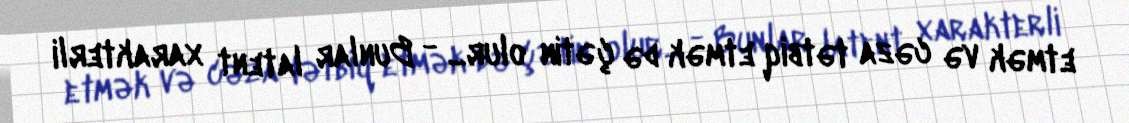
etmək və cəza tətbiq etmək də çətin olur... - Bunlar latent xarakterli